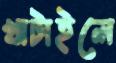
খাটাইলে